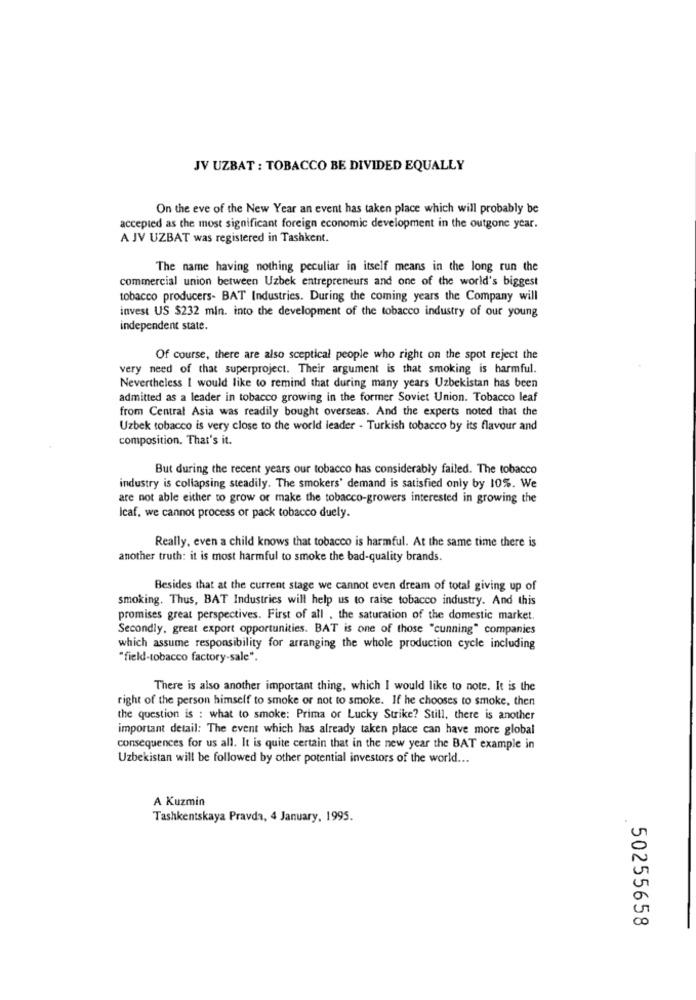
JV UZBAT : TOBACCO BE DIVIDED EQUALLY
On the eve of the New Year an event has taken place which will probably be
accepted as the most significant foreign economic development in the outgone year.
A JV UZBAT was registered in Tashkent.
The name having nothing peculiar in itself means in the long run the
commercial union between Uzbek entrepreneurs and one of the world's biggest
tobacco producers- BAT Industries. During the coming years the Company will
invest US $232 min. into the development of the tobacco industry of our young
independent state.
Of course, there are also sceptical people who right on the spot reject the
very need of that superproject. Their argument is that smoking is harmful.
Nevertheless I would like to remind that during many years Uzbekistan has been
admitted as a leader in tobacco growing in the former Soviet Union. Tobacco leaf
from Central Asia was readily bought overseas. And the experts noted that the
Uzbek tobacco is very close to the world leader - Turkish tobacco by its flavour and
composition. That's it.
But during the recent years our tobacco has considerably failed. The tobacco
industry is collapsing steadily. The smokers' demand is satisfied only by 10%. We
are not able either to grow or make the tobacco-growers interested in growing the
Icaf, we cannot process or pack tobacco duely.
Really, even a child knows that tobacco is harmful. At the same time there is
another truth: it is most harmful to smoke the bad-quality brands.
Besides that at the current stage we cannot even dream of total giving up of
smoking. Thus, BAT Industries will help us to raise tobacco industry. And this
promises great perspectives. First of all . the saturation of the domestic market.
Secondly, great export opportunities. BAT is one of those "cunning" companies
which assume responsibility for arranging the whole production cycle including
"field-tobacco factory-sale".
There is also another important thing, which I would like to note. It is the
right of the person himself to smoke or not to smoke. If he chooses to smoke, then
the question is : what to smoke: Prima or Lucky Strike? Still, there is another
important detail: The event which has already taken place can have more global
consequences for us all. It is quite certain that in the new year the BAT example in
Uzbekistan will be followed by other potential investors of the world ...
A Kuzmin
Tashkentskaya Pravda, 4 January, 1995.
5
00
50255658